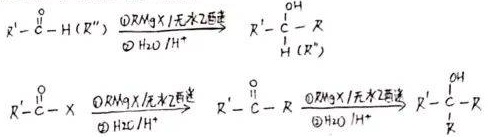
\[
R^1 - \overset{O}{\overset{\|}{C}} - H(R'') \xrightarrow[ \textcircled{2} H_2O / H^+ ]{ \textcircled{1} RMgX / \text{无水乙醚} } R^1 - \overset{OH}{\overset{|}{C}} - \underset{H(R'')}{R}
\]
\[
R^1 - \overset{O}{\overset{\|}{C}} - X \xrightarrow[ \textcircled{2} H_2O / H^+ ]{ \textcircled{1} RMgX / \text{无水乙醚} } R^1 - \overset{O}{\overset{\|}{C}} - R \xrightarrow[ \textcircled{2} H_2O / H^+ ]{ \textcircled{1} RMgX / \text{无水乙醚} } R^1 - \overset{OH}{\overset{|}{C}} - \underset{R}{R}
\]